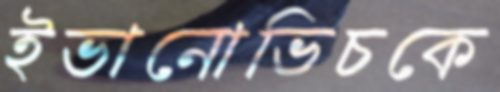
ইভানোভিচকে